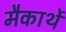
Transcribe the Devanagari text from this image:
मैकार्थे